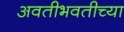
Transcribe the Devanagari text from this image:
अवतीभवतीच्या